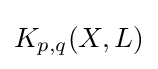
K_{p,q}(X,L)